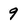
Character: 9